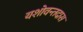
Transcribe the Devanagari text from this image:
यशोवन्तदास